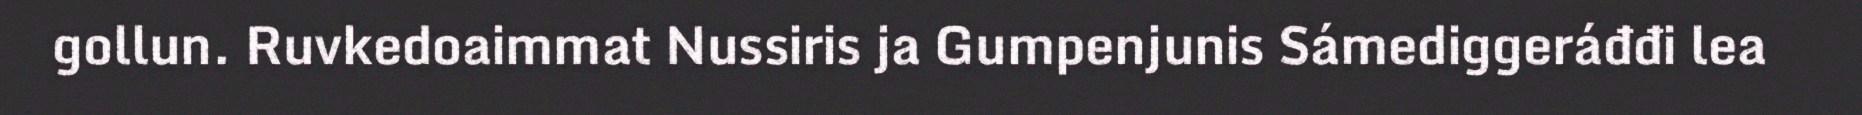
gollun. Ruvkedoaimmat Nussiris ja Gumpenjunis Sámediggeráđđi lea